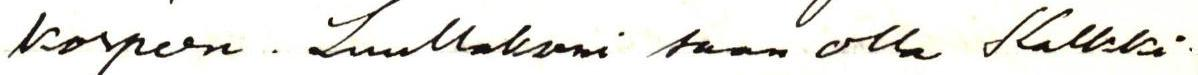
korpeen. Luullakseni saan olla Kalkki-